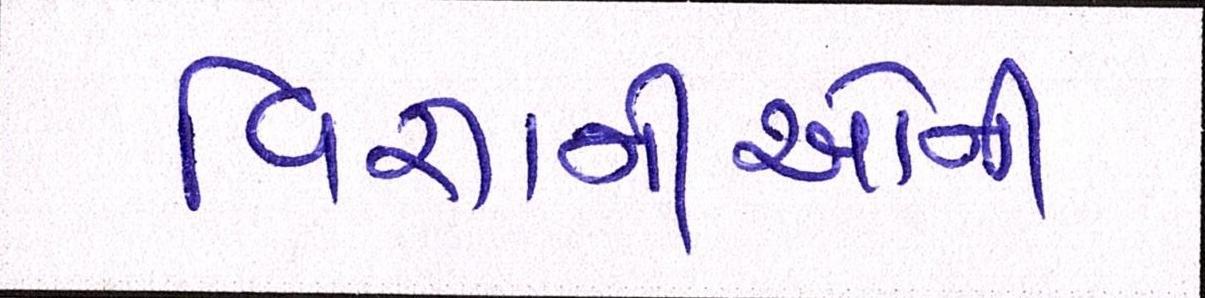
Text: વિજ્ઞાનીઓની